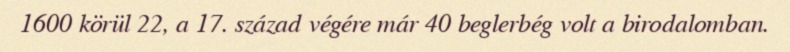
1600 körül 22, a 17. század végére már 40 beglerbég volt a birodalomban.